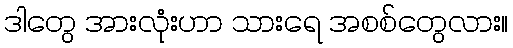
ဒါတွေ အားလုံးဟာ သားရေ အစစ်တွေလား။